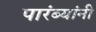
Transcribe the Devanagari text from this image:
पारंब्यांनी